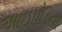
આઇપોડના